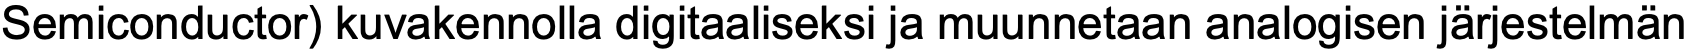
Semiconductor) kuvakennolla digitaaliseksi ja muunnetaan analogisen järjestelmän